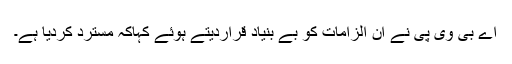
اے بی وی پی نے ان الزامات کو بے بنیاد قراردیتے ہوئے کہاکہ مسترد کردیا ہے۔